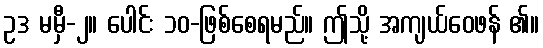
ဥဒ မမှီ-၂။ ပေါင်း ၁၀-ဖြစ်စေရမည်။ ဤသို့ အကျယ်ဝေဖန် ၏။